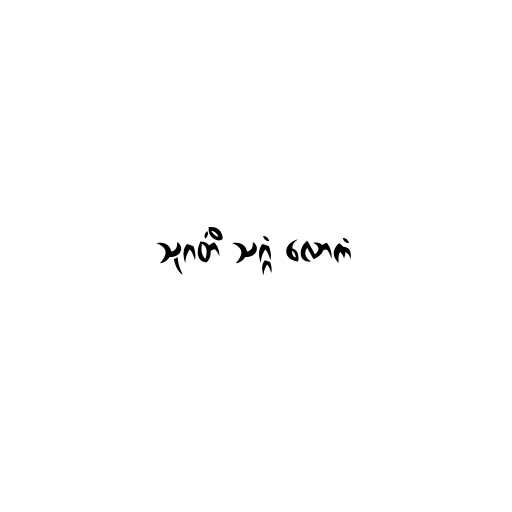
သုဂတိံ သဂ္ဂံ လောကံ